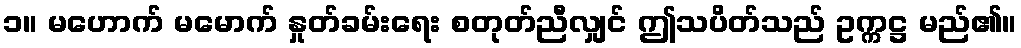
၁။ မဟောက် မမောက် နှုတ်ခမ်းရေး စတုတ်ညီလျှင် ဤသပိတ်သည် ဥက္ကဋ္ဌ မည်၏။